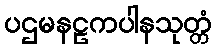
ပဌမနဠကပါနသုတ္တံ